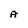
Character: A